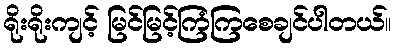
ရိုးရိုးကျင့် မြင်မြင့်ကြံကြစေချင်ပါတယ်။